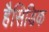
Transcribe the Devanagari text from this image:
हैसिडिक